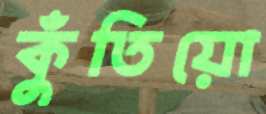
কুঁতিয়ো